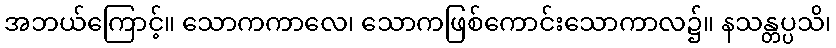
အဘယ်ကြောင့်။ သောကကာလေ၊ သောကဖြစ်ကောင်းသောကာလ၌။ နသန္တပ္ပသိ၊